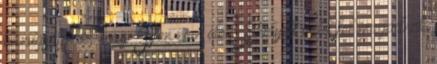
hazugságnak, hogy Isten nem elég. Ehelyett tedd fel magadnak